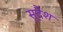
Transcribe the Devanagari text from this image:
सुदैश